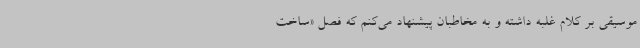
موسیقی بر کلام غلبه داشته و به مخاطبان پیشنهاد می‌کنم که فصل «ساخت